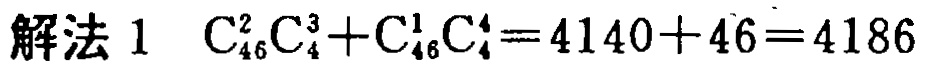
解法 1 $\mathrm{C}_{46}^{2}\mathrm{C}_{4}^{3}+\mathrm{C}_{46}^{1}\mathrm{C}_{4}^{4}=4140 + 46=4186$